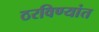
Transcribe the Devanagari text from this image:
ठरविण्यांत